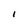
Character: I